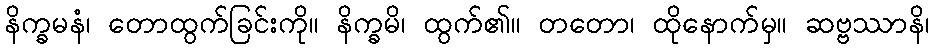
နိက္ခမနံ၊ တောထွက်ခြင်းကို။ နိက္ခမိ၊ ထွက်၏။ တတော၊ ထိုနောက်မှ။ ဆဗ္ဗဿာနိ၊